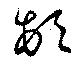
頓